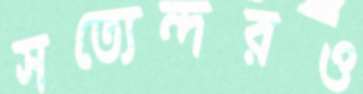
সত্যেন্দরও